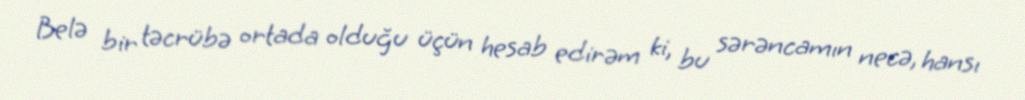
Belə bir təcrübə ortada olduğu üçün hesab edirəm ki, bu sərəncamın necə, hansı